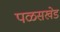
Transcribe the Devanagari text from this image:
पळसखेड